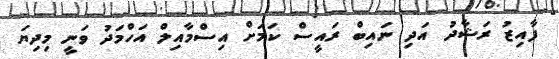
ފާއިޒު ރަޝާދު އަދި ނައިބް ރައީސް ކަމަށް އިސްމާއިލް އަހްމަދު ވަނީ މިދިޔަ